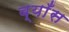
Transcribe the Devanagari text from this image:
ब्याँस